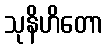
သုနိဟိတော